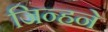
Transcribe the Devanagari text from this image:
जिन्हने